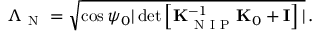
\Lambda _ { \mathrm { ~ N ~ } } = \sqrt { \cos \psi _ { 0 } | \operatorname* { d e t } \left[ { \bf K } _ { \mathrm { ~ N ~ I ~ P ~ } } ^ { - 1 } { \bf K } _ { 0 } + { \bf I } \right] | } \, .